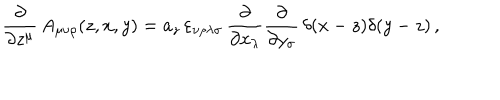
LaTeX: \frac { \partial } { \partial z ^ { \mu } } \, A _ { \mu \nu \rho } ( z , x , y ) = a _ { z } \, \varepsilon _ { \nu \rho \lambda \sigma } \, \frac { \partial } { \partial x _ { \lambda } } \frac { \partial } { \partial y _ { \sigma } } \, \delta ( x - z ) \delta ( y - z ) \, ,